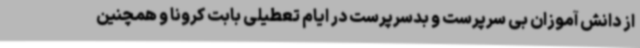
از دانش آموزان بی سرپرست و بدسرپرست در ایام تعطیلی بابت کرونا و همچنین